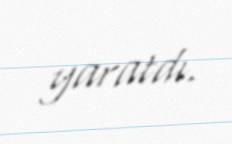
yaratdı.